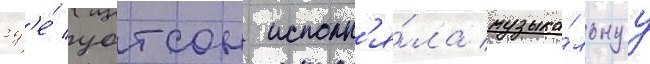
гд'е́ уотсон исполн'я́ла музыка́льнуу